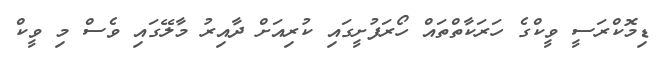
ޑިމޮކްރަސީ ވީކްގެ ހަރަކާތްތައް ހޯރަފުށީގައި ކުރިއަށް ދާއިރު މާލޭގައި ވެސް މި ވީކް